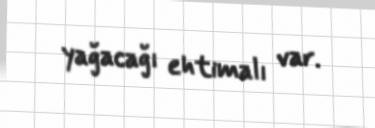
yağacağı ehtimalı var.